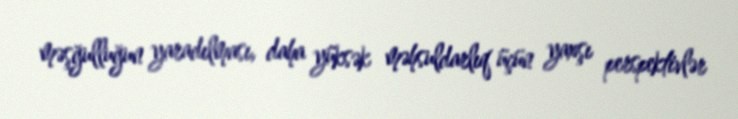
məşğulluğun yaradılması, daha yüksək məhsuldarlıq üçün yaxşı perspektivlər